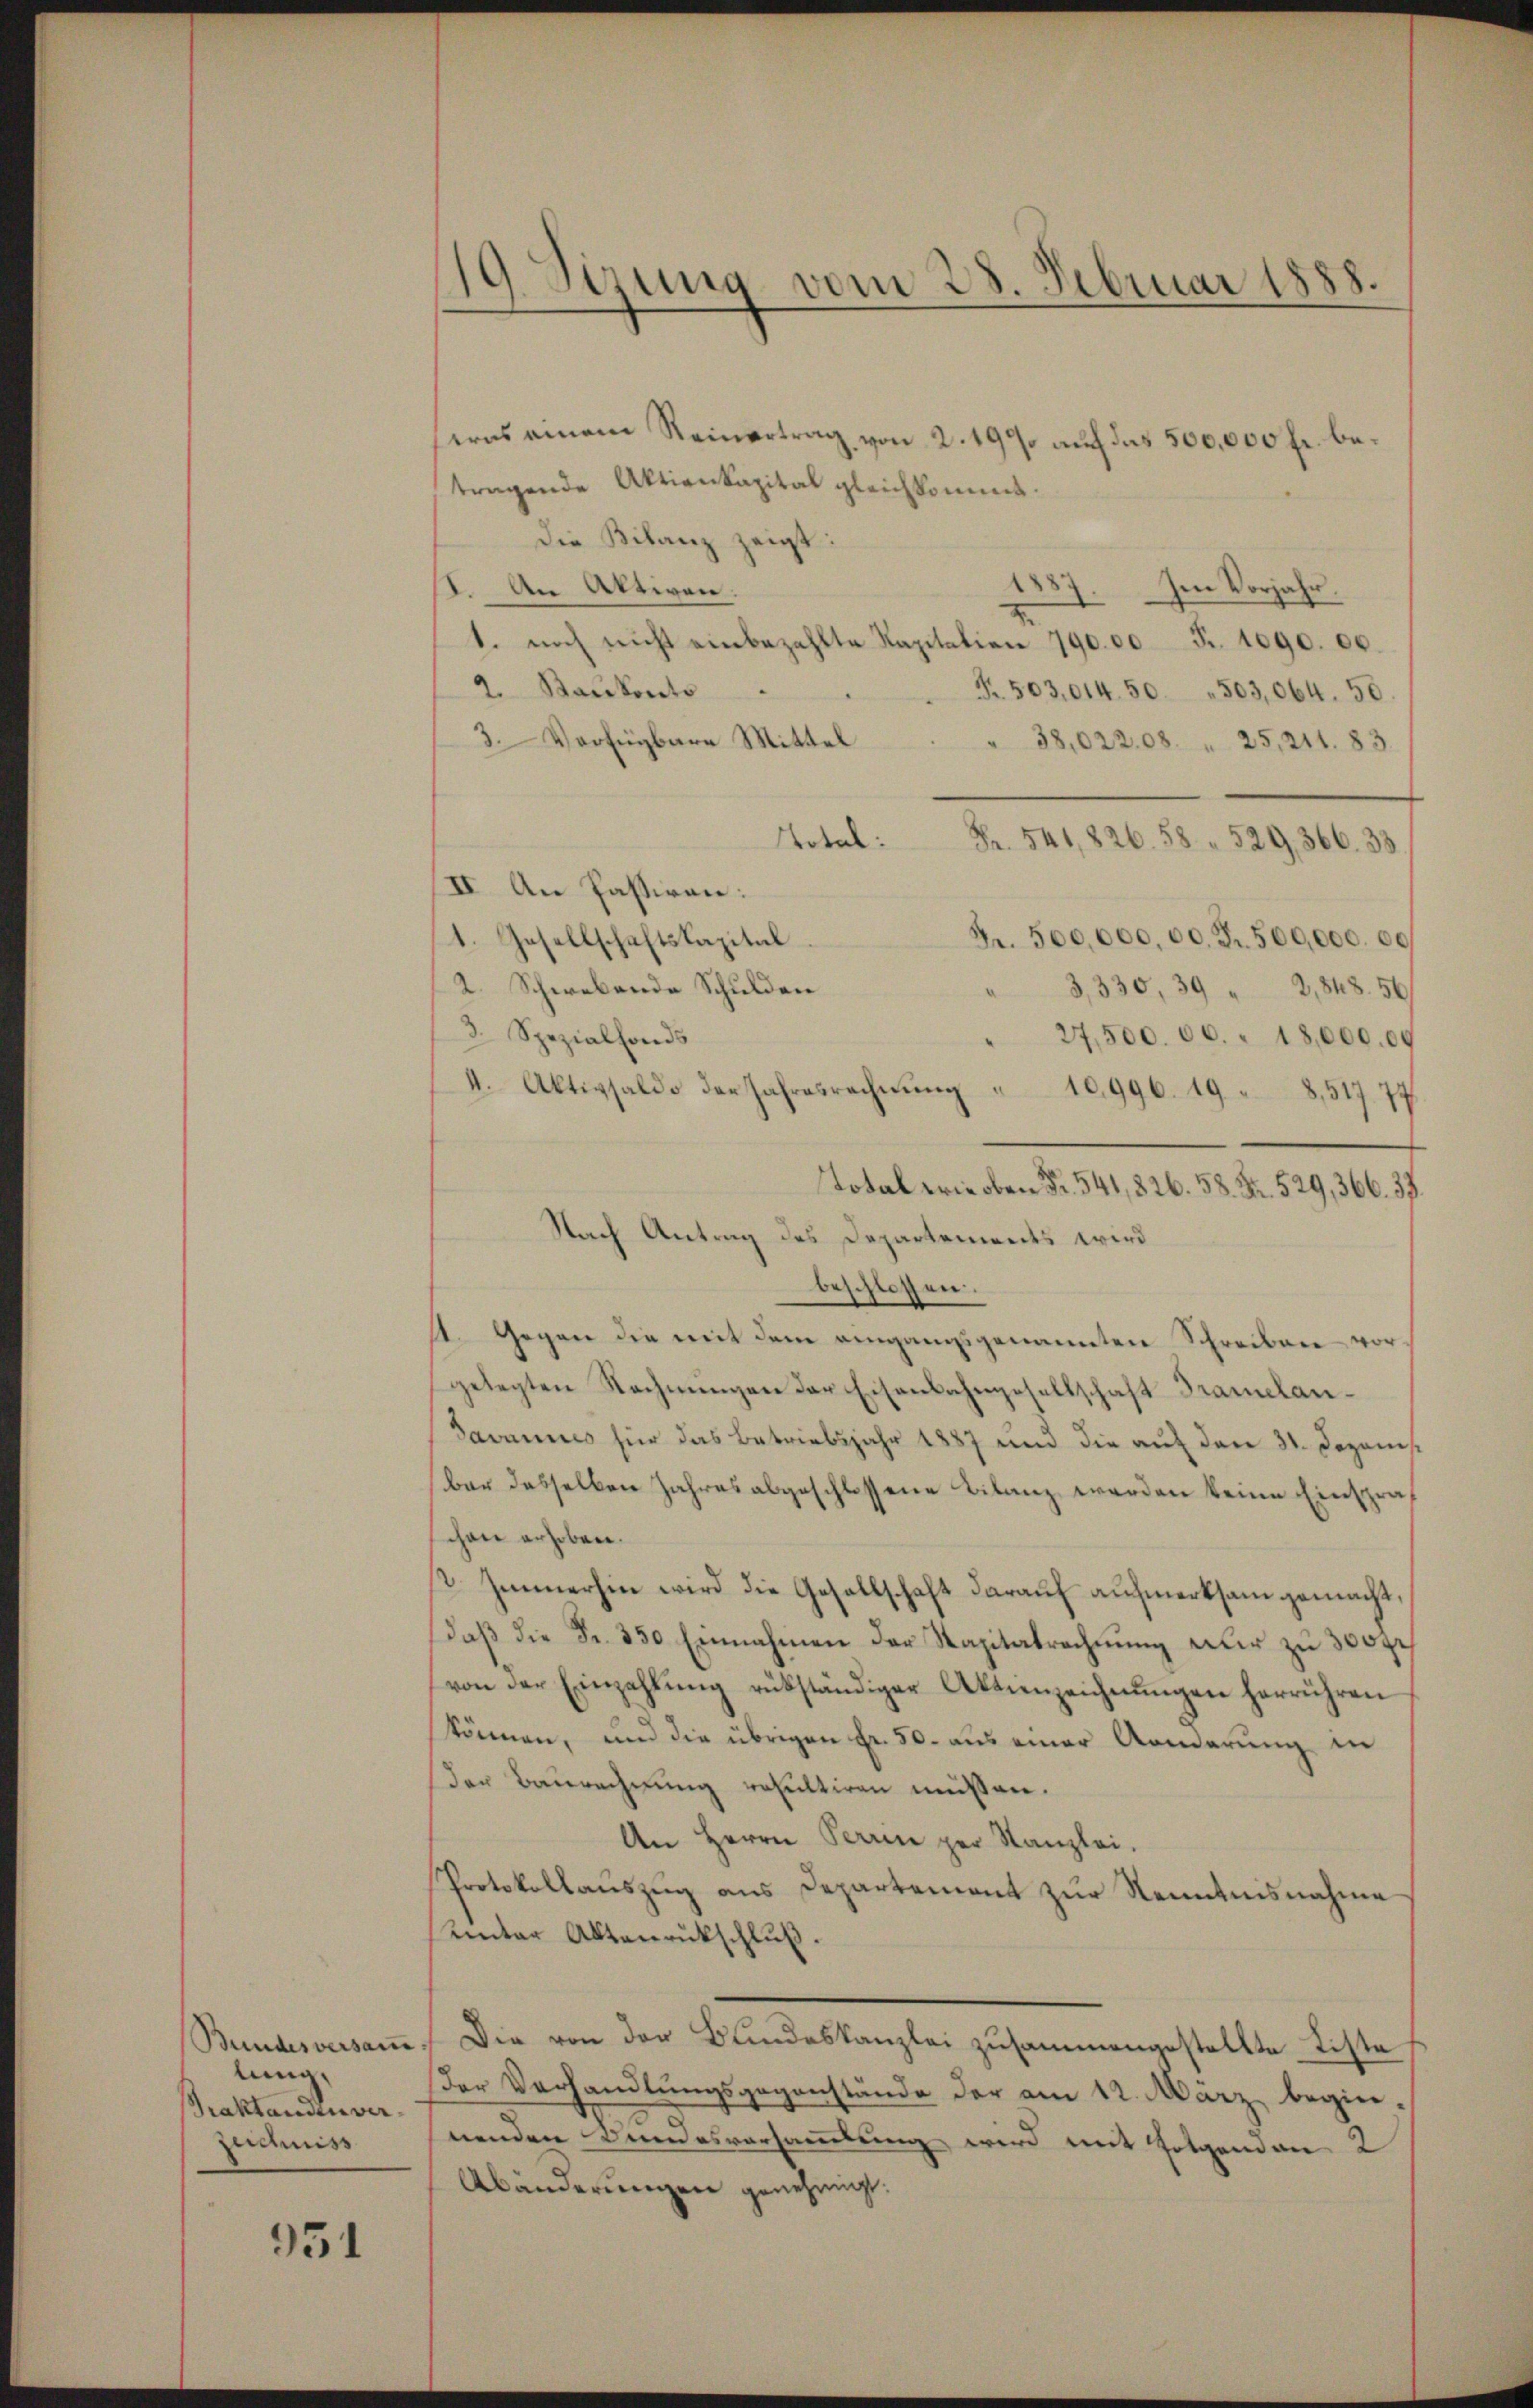
Bundesversam.
lung,
Praktanden verzechniss

951

19. Sizung vom 28. Februar 1888.

seres einem Reinertrag von 2. 199 auf das 500,000 fr. betragende Aktienkapital gleichkommt.
Die Bilanz zeigt:
I. An Aktiven.
Im Vorjahr.
1. noch nicht einbezahlte Kapitalien 79000 Fr. 1090. 00.
2. Bankonto
S. 503,014. 50. 503,064. 50
3. Verfügbare Mittel
" 38,022.08. " 25, 211. 83.
Total:
Fr. 541,826. 58. 529, 366. 33.
II. An Passiren:
Fr. 500,000, 00. Fr. 500,000. 00
1. Gesellschaftskapital
2. Schwebende Schulden
3,330, 39 " 2, 848. 56
3. Spezialfonds
27,500. 00. " 18,000.00
4. Aktivsaldo der Jahresrechnŭng " 10996. 19 " 8,517. 77
Nach Antrag des Departements wird
beschlossen:
11. Gegen die mit dem angangsgenannten Schreiben vor-
gelegten Rechnungen der Eisenbahngesellschaft Tramelan¬
Javannes für das Betriebsjahr 1887 und die auf den 31. Dezonis.
ber desselben Jahres abgeschlossene Bilanz werden keine Einspraschon erhoben.
st. Immerhin wird die Gesellschaft darauf aufmerksam gemacht,
Daß die Fr. 350 Einnahmen der Kapitatrechnung nur zu 300fr
von der Einzahlŭng rükständiger Aktienzeichnŭngen herrühren
können, und die übrigen Fr. 50. aus einer Aenderung in
der Baurechnung resultiren müssen.
An Herrn Perren per Kanzlei.
Protokollauszug aus Departement zur Kenntnisnahme
Unter Aktenrückschluß.
Die von der Bundeskanzlei zusammengestellte Liste
Der Verhandlŭngsgegenstände der am 12. März begine-
nenden Bundesversammlung wird mit Folgenden
Abänderungen genehmigt.

Total wie oben Fr. 541,826. 58. Fr. 529, 366. 33.